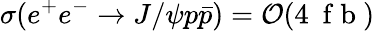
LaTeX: \sigma(e^{+}e^{-}\to J/\psi p\bar{p})=\mathcal{O}(4~\mathrm{~f~b~})